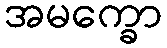
အမက္ခော